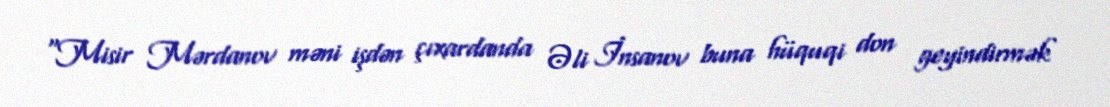
“Misir Mərdanov məni işdən çıxardanda Əli İnsanov buna hüquqi don geyindirmək